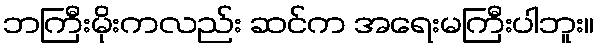
ဘကြီးမိုးကလည်း ဆင်က အရေးမကြီးပါဘူး။